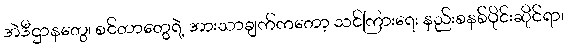
အဲဒီဌာနတွေ၊ စင်တာတွေရဲ့ အားသာချက်ကတော့ သင်ကြားရေး နည်းစနစ်ပိုင်းဆိုင်ရာ၊